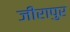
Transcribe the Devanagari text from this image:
जीरापुर